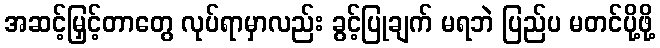
အဆင့်မြှင့်တာတွေ လုပ်ရာမှာလည်း ခွင့်ပြုချက် မရဘဲ ပြည်ပ မတင်ပို့ဖို့